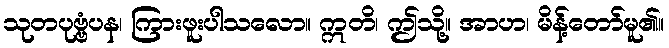
သုတပုဗ္ဗံပန၊ ကြားဖူးပါသလော။ ဣတိ၊ ဤသို့။ အာဟ၊ မိန့်တော်မူ၏။